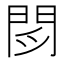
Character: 𲈧